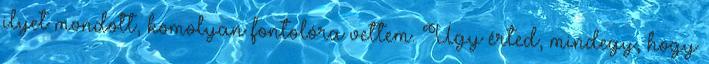
ilyet mondott, komolyan fontolóra vettem. Úgy érted, mindegy, hogy